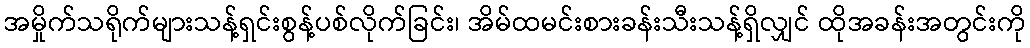
အမှိုက်သရိုက်များသန့်ရှင်းစွန့်ပစ်လိုက်ခြင်း၊ အိမ်ထမင်းစားခန်းသီးသန့်ရှိလျှင် ထိုအခန်းအတွင်းကို